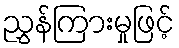
ညွှန်ကြားမှုဖြင့်